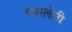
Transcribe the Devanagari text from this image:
दवरलेली